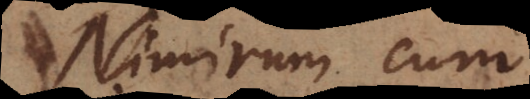
Nimirum cum